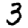
Digit: 3